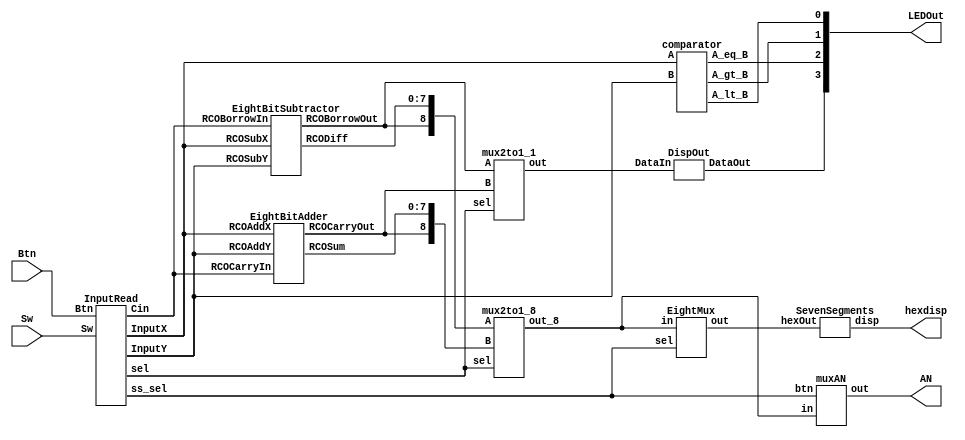
/* Generated by Yosys 0.27+33 (git sha1 a2655a4b7, aarch64-apple-darwin20.2-clang 10.0.0-4ubuntu1 -fPIC -Os) */

(* top =  1  *)
(* src = "ALU_Design.v:4.1-58.10" *)
module ALU_Design(Sw, Btn, LEDOut, hexdisp, AN);
  (* src = "ALU_Design.v:7.18-7.20" *)
  output [7:0] AN;
  wire [7:0] AN;
  (* src = "ALU_Design.v:19.10-19.14" *)
  wire Bout;
  (* src = "ALU_Design.v:10.17-10.20" *)
  input [2:0] Btn;
  wire [2:0] Btn;
  (* src = "ALU_Design.v:17.10-17.13" *)
  wire Cin;
  (* src = "ALU_Design.v:18.10-18.14" *)
  wire Cout;
  (* src = "ALU_Design.v:15.16-15.20" *)
  wire [7:0] Diff;
  (* src = "ALU_Design.v:5.18-5.24" *)
  output [3:0] LEDOut;
  wire [3:0] LEDOut;
  (* src = "ALU_Design.v:12.16-12.19" *)
  wire [7:0] OpX;
  (* src = "ALU_Design.v:13.16-13.19" *)
  wire [7:0] OpY;
  (* src = "ALU_Design.v:16.16-16.19" *)
  wire [8:0] Out;
  (* src = "ALU_Design.v:23.10-23.16" *)
  wire Output;
  (* src = "ALU_Design.v:14.16-14.19" *)
  wire [7:0] Sum;
  (* src = "ALU_Design.v:9.18-9.20" *)
  input [15:0] Sw;
  wire [15:0] Sw;
  (* src = "ALU_Design.v:20.16-20.21" *)
  wire [8:0] adder;
  (* src = "ALU_Design.v:24.15-24.26" *)
  wire [3:0] eightmuxOut;
  (* src = "ALU_Design.v:6.18-6.25" *)
  output [6:0] hexdisp;
  wire [6:0] hexdisp;
  (* src = "ALU_Design.v:22.10-22.13" *)
  wire sel;
  (* src = "ALU_Design.v:25.10-25.16" *)
  wire ss_sel;
  (* src = "ALU_Design.v:21.16-21.26" *)
  wire [8:0] subtractor;
  (* module_not_derived = 32'd1 *)
  (* src = "ALU_Design.v:46.25-46.55" *)
  EightBitAdder Add1 (
    .RCOAddX(OpX),
    .RCOAddY(OpY),
    .RCOCarryIn(Cin),
    .RCOCarryOut(Cout),
    .RCOSum(Sum)
  );
  (* module_not_derived = 32'd1 *)
  (* src = "ALU_Design.v:52.25-52.46" *)
  DispOut DO (
    .DataIn(Output),
    .DataOut(LEDOut[3])
  );
  (* module_not_derived = 32'd1 *)
  (* src = "ALU_Design.v:44.25-44.65" *)
  InputRead In0 (
    .Btn(Btn),
    .Cin(Cin),
    .InputX(OpX),
    .InputY(OpY),
    .Sw(Sw),
    .sel(sel),
    .ss_sel(ss_sel)
  );
  (* module_not_derived = 32'd1 *)
  (* src = "ALU_Design.v:56.25-56.49" *)
  SevenSegments SS (
    .disp(hexdisp),
    .hexOut(eightmuxOut)
  );
  (* module_not_derived = 32'd1 *)
  (* src = "ALU_Design.v:47.25-47.56" *)
  EightBitSubtractor Sub1 (
    .RCOBorrowIn(Cin),
    .RCOBorrowOut(Bout),
    .RCODiff(Diff),
    .RCOSubX(OpX),
    .RCOSubY(OpY)
  );
  (* module_not_derived = 32'd1 *)
  (* src = "ALU_Design.v:48.25-48.72" *)
  comparator comp (
    .A(OpX),
    .A_eq_B(LEDOut[2]),
    .A_gt_B(LEDOut[1]),
    .A_lt_B(LEDOut[0]),
    .B(OpY)
  );
  (* module_not_derived = 32'd1 *)
  (* src = "ALU_Design.v:55.25-55.59" *)
  EightMux eightmux (
    .in(Out),
    .out(eightmuxOut),
    .sel(ss_sel)
  );
  (* module_not_derived = 32'd1 *)
  (* src = "ALU_Design.v:50.25-50.72" *)
  mux2to1_8 muxAdderSubtractor (
    .A(subtractor),
    .B(adder),
    .out_8(Out),
    .sel(sel)
  );
  (* module_not_derived = 32'd1 *)
  (* src = "ALU_Design.v:51.25-51.68" *)
  mux2to1_1 muxCarryinBorrowin (
    .A(Bout),
    .B(Cout),
    .out(Output),
    .sel(sel)
  );
  (* module_not_derived = 32'd1 *)
  (* src = "ALU_Design.v:53.25-53.47" *)
  muxAN muxan (
    .btn(ss_sel),
    .in(Out),
    .out(AN)
  );
  assign adder[7:0] = Sum;
  assign adder[8] = Cout;
  assign subtractor[7:0] = Diff;
  assign subtractor[8] = Bout;
endmodule

(* src = "DispOut.v:23.1-29.10" *)
module DispOut(DataOut, DataIn);
  (* src = "DispOut.v:0.0-0.0" *)
  wire _0_;
  (* src = "DispOut.v:25.11-25.17" *)
  input DataIn;
  wire DataIn;
  (* src = "DispOut.v:24.12-24.19" *)
  output DataOut;
  wire DataOut;
  assign _0_ = ~ (* src = "DispOut.v:0.0-0.0" *) DataIn;
  assign DataOut = _0_;
endmodule

(* src = "EightBitAdder.v:23.1-39.10" *)
module EightBitAdder(RCOSum, RCOCarryOut, RCOAddX, RCOAddY, RCOCarryIn);
  (* src = "EightBitAdder.v:33.5-36.8" *)
  wire _0_;
  (* src = "EightBitAdder.v:33.5-36.8" *)
  wire [7:0] _1_;
  (* src = "EightBitAdder.v:35.33-35.50" *)
  wire [8:0] _2_;
  (* src = "EightBitAdder.v:35.33-35.63" *)
  wire [8:0] _3_;
  (* src = "EightBitAdder.v:26.21-26.28" *)
  input [7:0] RCOAddX;
  wire [7:0] RCOAddX;
  (* src = "EightBitAdder.v:27.21-27.28" *)
  input [7:0] RCOAddY;
  wire [7:0] RCOAddY;
  (* src = "EightBitAdder.v:28.21-28.31" *)
  input RCOCarryIn;
  wire RCOCarryIn;
  (* src = "EightBitAdder.v:25.21-25.32" *)
  output RCOCarryOut;
  wire RCOCarryOut;
  (* src = "EightBitAdder.v:24.21-24.27" *)
  output [7:0] RCOSum;
  wire [7:0] RCOSum;
  assign _2_ = RCOAddX + (* src = "EightBitAdder.v:35.33-35.50" *) RCOAddY;
  assign _3_ = _2_ + (* src = "EightBitAdder.v:35.33-35.63" *) RCOCarryIn;
  assign { _0_, _1_ } = _3_;
  assign RCOSum = _3_[7:0];
  assign RCOCarryOut = _3_[8];
endmodule

(* src = "EightBitSubtractor.v:23.1-47.10" *)
module EightBitSubtractor(RCODiff, RCOBorrowOut, RCOSubX, RCOSubY, RCOBorrowIn);
  (* src = "EightBitSubtractor.v:30.10-30.12" *)
  wire B1;
  (* src = "EightBitSubtractor.v:31.10-31.12" *)
  wire B2;
  (* src = "EightBitSubtractor.v:32.10-32.12" *)
  wire B3;
  (* src = "EightBitSubtractor.v:33.10-33.12" *)
  wire B4;
  (* src = "EightBitSubtractor.v:34.10-34.12" *)
  wire B5;
  (* src = "EightBitSubtractor.v:35.10-35.12" *)
  wire B6;
  (* src = "EightBitSubtractor.v:36.10-36.12" *)
  wire B7;
  (* src = "EightBitSubtractor.v:28.11-28.22" *)
  input RCOBorrowIn;
  wire RCOBorrowIn;
  (* src = "EightBitSubtractor.v:25.12-25.24" *)
  output RCOBorrowOut;
  wire RCOBorrowOut;
  (* src = "EightBitSubtractor.v:24.18-24.25" *)
  output [7:0] RCODiff;
  wire [7:0] RCODiff;
  (* src = "EightBitSubtractor.v:26.17-26.24" *)
  input [7:0] RCOSubX;
  wire [7:0] RCOSubX;
  (* src = "EightBitSubtractor.v:27.17-27.24" *)
  input [7:0] RCOSubY;
  wire [7:0] RCOSubY;
  (* module_not_derived = 32'd1 *)
  (* src = "EightBitSubtractor.v:38.20-38.80" *)
  FullSubtractor RCO_FS0 (
    .Bin(RCOBorrowIn),
    .Bout(B1),
    .Diff(RCODiff[0]),
    .Xin(RCOSubX[0]),
    .Yin(RCOSubY[0])
  );
  (* module_not_derived = 32'd1 *)
  (* src = "EightBitSubtractor.v:39.20-39.71" *)
  FullSubtractor RCO_FS1 (
    .Bin(B1),
    .Bout(B2),
    .Diff(RCODiff[1]),
    .Xin(RCOSubX[1]),
    .Yin(RCOSubY[1])
  );
  (* module_not_derived = 32'd1 *)
  (* src = "EightBitSubtractor.v:40.20-40.71" *)
  FullSubtractor RCO_FS2 (
    .Bin(B2),
    .Bout(B3),
    .Diff(RCODiff[2]),
    .Xin(RCOSubX[2]),
    .Yin(RCOSubY[2])
  );
  (* module_not_derived = 32'd1 *)
  (* src = "EightBitSubtractor.v:41.20-41.71" *)
  FullSubtractor RCO_FS3 (
    .Bin(B3),
    .Bout(B4),
    .Diff(RCODiff[3]),
    .Xin(RCOSubX[3]),
    .Yin(RCOSubY[3])
  );
  (* module_not_derived = 32'd1 *)
  (* src = "EightBitSubtractor.v:42.20-42.71" *)
  FullSubtractor RCO_FS4 (
    .Bin(B4),
    .Bout(B5),
    .Diff(RCODiff[4]),
    .Xin(RCOSubX[4]),
    .Yin(RCOSubY[4])
  );
  (* module_not_derived = 32'd1 *)
  (* src = "EightBitSubtractor.v:43.20-43.71" *)
  FullSubtractor RCO_FS5 (
    .Bin(B5),
    .Bout(B6),
    .Diff(RCODiff[5]),
    .Xin(RCOSubX[5]),
    .Yin(RCOSubY[5])
  );
  (* module_not_derived = 32'd1 *)
  (* src = "EightBitSubtractor.v:44.20-44.71" *)
  FullSubtractor RCO_FS6 (
    .Bin(B6),
    .Bout(B7),
    .Diff(RCODiff[6]),
    .Xin(RCOSubX[6]),
    .Yin(RCOSubY[6])
  );
  (* module_not_derived = 32'd1 *)
  (* src = "EightBitSubtractor.v:45.20-45.81" *)
  FullSubtractor RCO_FS7 (
    .Bin(B7),
    .Bout(RCOBorrowOut),
    .Diff(RCODiff[7]),
    .Xin(RCOSubX[7]),
    .Yin(RCOSubY[7])
  );
endmodule

(* src = "EightMux.v:23.1-36.10" *)
module EightMux(out, in, sel);
  (* src = "EightMux.v:29.5-35.12" *)
  wire [3:0] _0_;
  wire [3:0] _1_;
  wire _2_;
  wire _3_;
  (* src = "EightMux.v:25.17-25.19" *)
  input [8:0] in;
  wire [8:0] in;
  (* src = "EightMux.v:24.18-24.21" *)
  output [3:0] out;
  wire [3:0] out;
  (* src = "EightMux.v:26.11-26.14" *)
  input sel;
  wire sel;
  function [3:0] _4_;
    input [3:0] a;
    input [7:0] b;
    input [1:0] s;
    (* full_case = 32'd1 *)
    (* src = "EightMux.v:0.0-0.0|EightMux.v:31.13-34.20" *)
    (* parallel_case *)
    casez (s)
      2'b?1:
        _4_ = b[3:0];
      2'b1?:
        _4_ = b[7:4];
      default:
        _4_ = a;
    endcase
  endfunction
  assign _1_ = _4_(4'hx, in[7:0], { _3_, _2_ });
  assign _3_ = ~ (* full_case = 32'd1 *) (* src = "EightMux.v:0.0-0.0|EightMux.v:31.13-34.20" *) sel;
  assign _2_ = sel;
  assign _0_ = _1_;
  assign out = _1_;
endmodule

(* src = "FullSubtractor.v:23.1-39.10" *)
module FullSubtractor(Diff, Bout, Xin, Yin, Bin);
  (* src = "FullSubtractor.v:37.8-37.24" *)
  wire _0_;
  (* src = "FullSubtractor.v:31.10-31.12" *)
  wire B1;
  (* src = "FullSubtractor.v:32.10-32.12" *)
  wire B2;
  (* src = "FullSubtractor.v:26.11-26.14" *)
  input Bin;
  wire Bin;
  (* src = "FullSubtractor.v:28.12-28.16" *)
  output Bout;
  wire Bout;
  (* src = "FullSubtractor.v:30.10-30.12" *)
  wire D1;
  (* src = "FullSubtractor.v:27.12-27.16" *)
  output Diff;
  wire Diff;
  (* src = "FullSubtractor.v:24.11-24.14" *)
  input Xin;
  wire Xin;
  (* src = "FullSubtractor.v:25.11-25.14" *)
  input Yin;
  wire Yin;
  assign _0_ = B2 | (* src = "FullSubtractor.v:37.8-37.24" *) B1;
  (* module_not_derived = 32'd1 *)
  (* src = "FullSubtractor.v:34.20-34.41" *)
  HalfSubtractor HS1 (
    .BorrowHalf(B1),
    .DiffHalf(D1),
    .Xhalf(Xin),
    .Yhalf(Yin)
  );
  (* module_not_derived = 32'd1 *)
  (* src = "FullSubtractor.v:35.20-35.42" *)
  HalfSubtractor HS2 (
    .BorrowHalf(B2),
    .DiffHalf(Diff),
    .Xhalf(D1),
    .Yhalf(Bin)
  );
  assign Bout = _0_;
endmodule

(* src = "HalfSubtractor.v:23.1-32.10" *)
module HalfSubtractor(DiffHalf, BorrowHalf, Xhalf, Yhalf);
  (* src = "HalfSubtractor.v:30.8-30.36" *)
  wire _0_;
  (* src = "HalfSubtractor.v:30.22-30.28" *)
  wire _1_;
  (* src = "HalfSubtractor.v:29.8-29.33" *)
  wire _2_;
  (* src = "HalfSubtractor.v:25.12-25.22" *)
  output BorrowHalf;
  wire BorrowHalf;
  (* src = "HalfSubtractor.v:24.12-24.20" *)
  output DiffHalf;
  wire DiffHalf;
  (* src = "HalfSubtractor.v:26.11-26.16" *)
  input Xhalf;
  wire Xhalf;
  (* src = "HalfSubtractor.v:27.11-27.16" *)
  input Yhalf;
  wire Yhalf;
  assign _0_ = _1_ & (* src = "HalfSubtractor.v:30.8-30.36" *) Yhalf;
  assign _1_ = ~ (* src = "HalfSubtractor.v:30.22-30.28" *) Xhalf;
  assign _2_ = Xhalf ^ (* src = "HalfSubtractor.v:29.8-29.33" *) Yhalf;
  assign DiffHalf = _2_;
  assign BorrowHalf = _0_;
endmodule

(* src = "InputRead.v:23.1-41.10" *)
module InputRead(Sw, Btn, InputX, InputY, Cin, sel, ss_sel);
  (* src = "InputRead.v:0.0-0.0" *)
  wire _0_;
  (* src = "InputRead.v:0.0-0.0" *)
  wire _1_;
  (* src = "InputRead.v:0.0-0.0" *)
  wire _2_;
  (* src = "InputRead.v:25.17-25.20" *)
  input [2:0] Btn;
  wire [2:0] Btn;
  (* src = "InputRead.v:28.12-28.15" *)
  output Cin;
  wire Cin;
  (* src = "InputRead.v:26.18-26.24" *)
  output [7:0] InputX;
  wire [7:0] InputX;
  (* src = "InputRead.v:27.18-27.24" *)
  output [7:0] InputY;
  wire [7:0] InputY;
  (* src = "InputRead.v:24.18-24.20" *)
  input [15:0] Sw;
  wire [15:0] Sw;
  (* src = "InputRead.v:29.12-29.15" *)
  output sel;
  wire sel;
  (* src = "InputRead.v:30.12-30.18" *)
  output ss_sel;
  wire ss_sel;
  assign _0_ = ~ (* src = "InputRead.v:0.0-0.0" *) Btn[0];
  assign _1_ = ~ (* src = "InputRead.v:0.0-0.0" *) Btn[1];
  assign _2_ = ~ (* src = "InputRead.v:0.0-0.0" *) Btn[2];
  assign InputX = Sw[15:8];
  assign InputY = Sw[7:0];
  assign Cin = _0_;
  assign sel = _1_;
  assign ss_sel = _2_;
endmodule

(* src = "SevenSegments.v:23.1-51.10" *)
module SevenSegments(disp, hexOut);
  (* src = "SevenSegments.v:28.9-49.16" *)
  wire [6:0] _0_;
  wire [6:0] _1_;
  (* src = "SevenSegments.v:24.18-24.22" *)
  output [6:0] disp;
  wire [6:0] disp;
  (* src = "SevenSegments.v:25.17-25.23" *)
  input [3:0] hexOut;
  wire [3:0] hexOut;
  (* full_case = 32'd1 *)
  (* src = "SevenSegments.v:30.17-48.24" *)
  reg [6:0] \$auto$proc_rom.cc:150:do_switch$32  [15:0];
  initial begin
    \$auto$proc_rom.cc:150:do_switch$32 [0] = 7'h0e;
    \$auto$proc_rom.cc:150:do_switch$32 [1] = 7'h06;
    \$auto$proc_rom.cc:150:do_switch$32 [2] = 7'h21;
    \$auto$proc_rom.cc:150:do_switch$32 [3] = 7'h46;
    \$auto$proc_rom.cc:150:do_switch$32 [4] = 7'h03;
    \$auto$proc_rom.cc:150:do_switch$32 [5] = 7'h08;
    \$auto$proc_rom.cc:150:do_switch$32 [6] = 7'h10;
    \$auto$proc_rom.cc:150:do_switch$32 [7] = 7'h00;
    \$auto$proc_rom.cc:150:do_switch$32 [8] = 7'h78;
    \$auto$proc_rom.cc:150:do_switch$32 [9] = 7'h02;
    \$auto$proc_rom.cc:150:do_switch$32 [10] = 7'h12;
    \$auto$proc_rom.cc:150:do_switch$32 [11] = 7'h19;
    \$auto$proc_rom.cc:150:do_switch$32 [12] = 7'h30;
    \$auto$proc_rom.cc:150:do_switch$32 [13] = 7'h24;
    \$auto$proc_rom.cc:150:do_switch$32 [14] = 7'h79;
    \$auto$proc_rom.cc:150:do_switch$32 [15] = 7'h40;
  end
  assign _1_ = \$auto$proc_rom.cc:150:do_switch$32 [hexOut];
  assign _0_ = _1_;
  assign disp = _1_;
endmodule

(* src = "comparator.v:23.1-40.10" *)
module comparator(A_lt_B, A_gt_B, A_eq_B, A, B);
  (* src = "comparator.v:34.5-39.12" *)
  wire _0_;
  (* src = "comparator.v:34.5-39.12" *)
  wire _1_;
  (* src = "comparator.v:34.5-39.12" *)
  wire _2_;
  (* src = "comparator.v:38.23-38.29" *)
  wire _3_;
  (* src = "comparator.v:37.23-37.28" *)
  wire _4_;
  (* src = "comparator.v:36.23-36.28" *)
  wire _5_;
  (* src = "comparator.v:27.17-27.18" *)
  input [7:0] A;
  wire [7:0] A;
  (* src = "comparator.v:26.12-26.18" *)
  output A_eq_B;
  wire A_eq_B;
  (* src = "comparator.v:25.12-25.18" *)
  output A_gt_B;
  wire A_gt_B;
  (* src = "comparator.v:24.12-24.18" *)
  output A_lt_B;
  wire A_lt_B;
  (* src = "comparator.v:28.17-28.18" *)
  input [7:0] B;
  wire [7:0] B;
  assign _3_ = A == (* src = "comparator.v:38.23-38.29" *) B;
  assign _4_ = A > (* src = "comparator.v:37.23-37.28" *) B;
  assign _5_ = A < (* src = "comparator.v:36.23-36.28" *) B;
  assign _0_ = _3_;
  assign _1_ = _4_;
  assign _2_ = _5_;
  assign A_lt_B = _5_;
  assign A_gt_B = _4_;
  assign A_eq_B = _3_;
endmodule

(* src = "mux2to1.v:41.1-56.10" *)
module mux2to1_1(out, A, B, sel);
  (* src = "mux2to1.v:48.5-54.12" *)
  wire _0_;
  wire _1_;
  wire _2_;
  (* src = "mux2to1.v:43.11-43.12" *)
  input A;
  wire A;
  (* src = "mux2to1.v:44.11-44.12" *)
  input B;
  wire B;
  (* src = "mux2to1.v:42.12-42.15" *)
  output out;
  wire out;
  (* src = "mux2to1.v:45.11-45.14" *)
  input sel;
  wire sel;
  assign _1_ = _2_ ? (* full_case = 32'd1 *) (* src = "mux2to1.v:50.17-50.20|mux2to1.v:50.13-53.26" *) B : A;
  assign _2_ = sel;
  assign _0_ = _1_;
  assign out = _1_;
endmodule

(* src = "mux2to1.v:23.1-38.10" *)
module mux2to1_8(out_8, A, B, sel);
  (* src = "mux2to1.v:30.5-36.12" *)
  wire [8:0] _0_;
  (* src = "mux2to1.v:30.5-36.12" *)
  wire [8:0] _1_;
  (* src = "mux2to1.v:29.15-29.24" *)
  wire [8:0] _2_;
  wire [8:0] _3_;
  wire _4_;
  (* src = "mux2to1.v:25.17-25.18" *)
  input [8:0] A;
  wire [8:0] A;
  (* src = "mux2to1.v:26.17-26.18" *)
  input [8:0] B;
  wire [8:0] B;
  (* src = "mux2to1.v:24.18-24.23" *)
  output [8:0] out_8;
  wire [8:0] out_8;
  (* src = "mux2to1.v:27.11-27.14" *)
  input sel;
  wire sel;
  assign _3_ = _4_ ? (* full_case = 32'd1 *) (* src = "mux2to1.v:32.17-32.20|mux2to1.v:32.13-35.27" *) B : A;
  assign _2_ = 9'h000;
  assign _0_ = _1_;
  assign _4_ = sel;
  assign _1_ = _3_;
  assign out_8 = _3_;
endmodule

(* src = "muxAN.v:23.1-36.10" *)
module muxAN(out, in, btn);
  (* src = "muxAN.v:29.5-35.12" *)
  wire [7:0] _0_;
  (* src = "muxAN.v:31.17-31.21" *)
  wire _1_;
  wire [7:0] _2_;
  wire _3_;
  (* src = "muxAN.v:26.11-26.14" *)
  input btn;
  wire btn;
  (* src = "muxAN.v:24.17-24.19" *)
  input [8:0] in;
  wire [8:0] in;
  (* src = "muxAN.v:25.18-25.21" *)
  output [7:0] out;
  wire [7:0] out;
  assign _1_ = ! (* src = "muxAN.v:31.17-31.21" *) btn;
  assign _2_ = btn ? (* full_case = 32'd1 *) (* src = "muxAN.v:31.17-31.21|muxAN.v:31.13-34.36" *) 8'hfe : 8'hfd;
  assign _3_ = _1_;
  assign _0_ = _2_;
  assign out = _2_;
endmodule